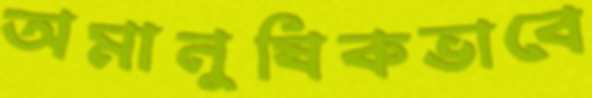
অমানুষিকভাবে